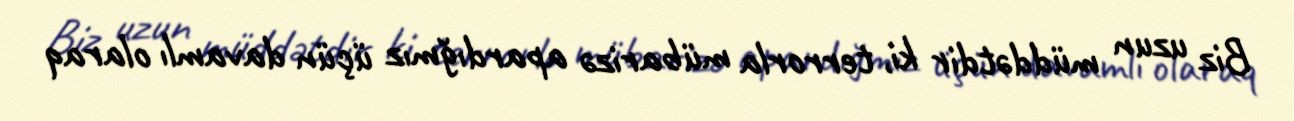
Biz uzun müddətdir ki, terrorla mübarizə apardığmız üçün davamlı olaraq